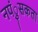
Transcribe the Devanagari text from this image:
नपंुसकता